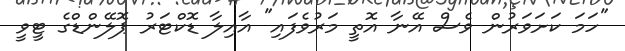
"ހަމަ ކަށަވަރުން ވެސް އޭނާ އޮތީ މަރުވެފައި" އާއިލާ ޑޮކްޓަރު ޕޮލޭންޑްގެ ޓީވީ